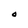
Character: O